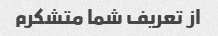
از تعریف شما متشکرم